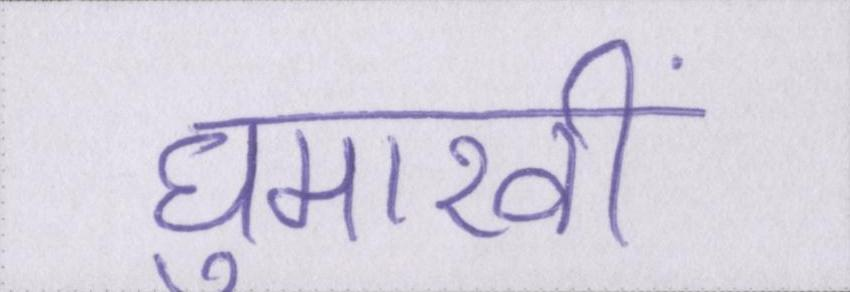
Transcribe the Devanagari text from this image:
घुमारवीं